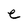
Character: e